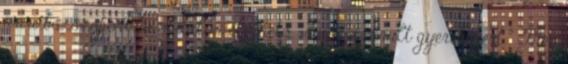
www.bszszsport.hu oldalon elérhető. „Fuss a sérült gyerekekért ” Még